Plague in India, 1896, 1897 - Volume 1
Year: 1896
Disease focus: Plague
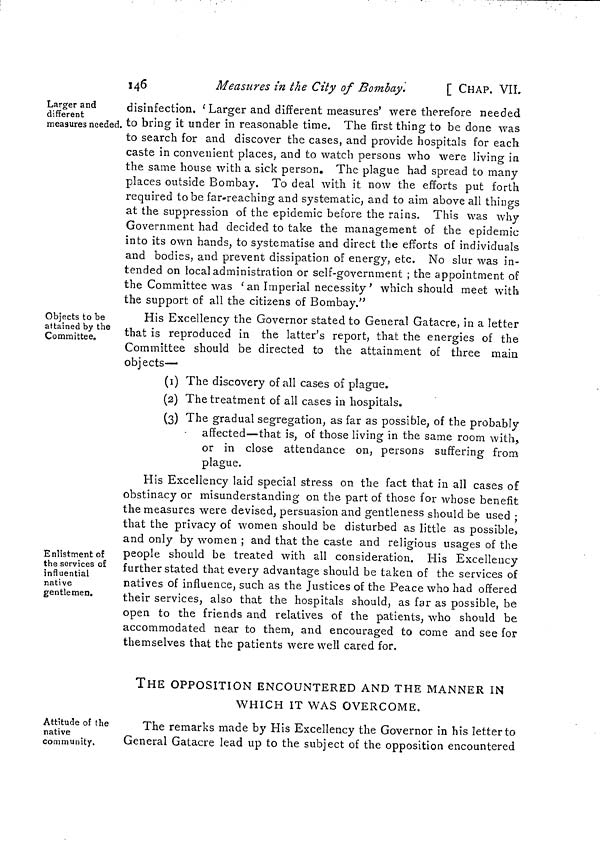
146
Measures in the City of Bombay.
[ CHAP. VIL
Larger and
different
measures needed.
disinfection. 'Larger and different measures' were therefore needed
to bring it under in reasonable time. The first thing to be done was
to search for and discover the cases, and provide hospitals for each
caste in convenient places, and to watch persons who were living in
the same house with a sick person. The plague had spread to many
places outside Bombay. To deal with it now the efforts put forth
required to be far-reaching and systematic, and to aim above all things
at the suppression of the epidemic before the rains. This was why
Government had decided to take the management of the epidemic
into its own hands, to systematise and direct the efforts of individuals
and bodies, and prevent dissipation of energy, etc. No slur was in-
tended on local administration or self-government ; the appointment of
the Committee was ' an Imperial necessity ' which should meet with
the support of all the citizens of Bombay."
Objects to be
attained by the
Committee.
His Excellency the Governor stated to General Gatacre, in a letter
that is reproduced in the latter's report, that the energies of the
Committee should be directed to the attainment of three main
objects—
(1) The discovery of all cases of plague.
(2) The treatment of all cases in hospitals.
(3) The gradual segregation, as far as possible, of the probably
affected—that is, of those living in the same room with,
or in close attendance on, persons suffering from
plague.
Enlistment of
the services o£
influential
native
gentlemen.
His Excellency laid special stress on the fact that in all cases of
obstinacy or misunderstanding on the part of those for whose benefit
the measures were devised, persuasion and gentleness should be used ;
that the privacy of women should be disturbed as little as possible,
and only by women ; and that the caste and religious usages of the
people should be treated with all consideration. His Excellency
further stated that every advantage should be taken of the services of
natives of influence, such as the Justices of the Peace who had offered
their services, also that the hospitals should, as far as possible, be
open to the friends and relatives of the patients, who should be
accommodated near to them, and encouraged to come and see for
themselves that the patients were well cared for.
THE OPPOSITION ENCOUNTERED AND THE MANNER IN
WHICH IT WAS OVERCOME.
Attitude of the
native
community.
The remarks made by His Excellency the Governor in his letter to
General Gatacre lead up to the subject of the opposition encountered